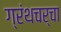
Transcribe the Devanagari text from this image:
ग्रंथचर्चा